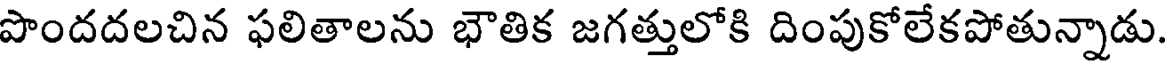
పొందదలచిన ఫలితాలను భౌతిక జగత్తులోకి దింపుకోలేకపోతున్నాడు